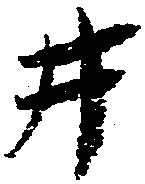
井